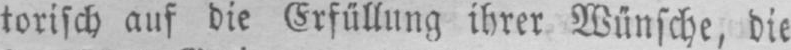
torisch auf die Erfüllung ihrer Wünsche, die